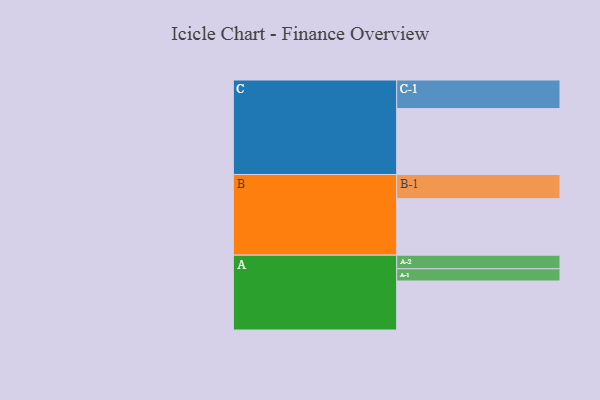
{"axis": {"x": "Segment", "y": "Value"}, "legend": ["", "A", "B", "C"], "data": [{"x": "A", "y": 411, "type": ""}, {"x": "B", "y": 474, "type": ""}, {"x": "C", "y": 553, "type": ""}, {"x": "A-1", "y": 103, "type": "A"}, {"x": "A-2", "y": 114, "type": "A"}, {"x": "B-1", "y": 203, "type": "B"}, {"x": "C-1", "y": 240, "type": "C"}]}